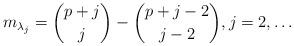
LaTeX: \begin{align*}m_{\lambda_j}={{p+j}\choose{j}}-{{p+j-2}\choose{j-2}},j=2,\ldots\end{align*}